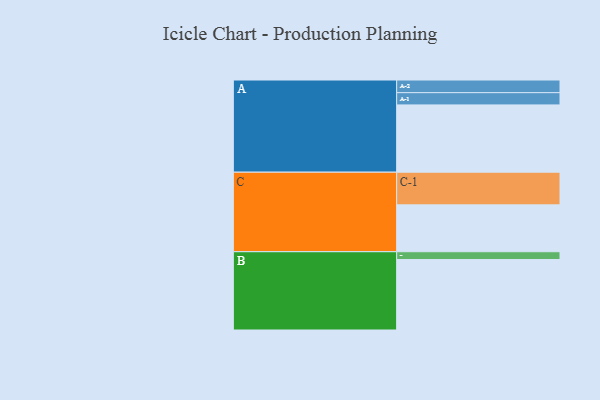
{"axis": {"x": "Segment", "y": "Value"}, "legend": ["", "A", "B", "C"], "data": [{"x": "A", "y": 478, "type": ""}, {"x": "B", "y": 501, "type": ""}, {"x": "C", "y": 333, "type": ""}, {"x": "A-1", "y": 87, "type": "A"}, {"x": "A-2", "y": 90, "type": "A"}, {"x": "B-1", "y": 55, "type": "B"}, {"x": "C-1", "y": 232, "type": "C"}]}